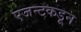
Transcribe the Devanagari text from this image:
एजन्टकडून